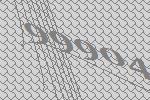
99904